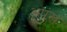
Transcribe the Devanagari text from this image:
अपंख